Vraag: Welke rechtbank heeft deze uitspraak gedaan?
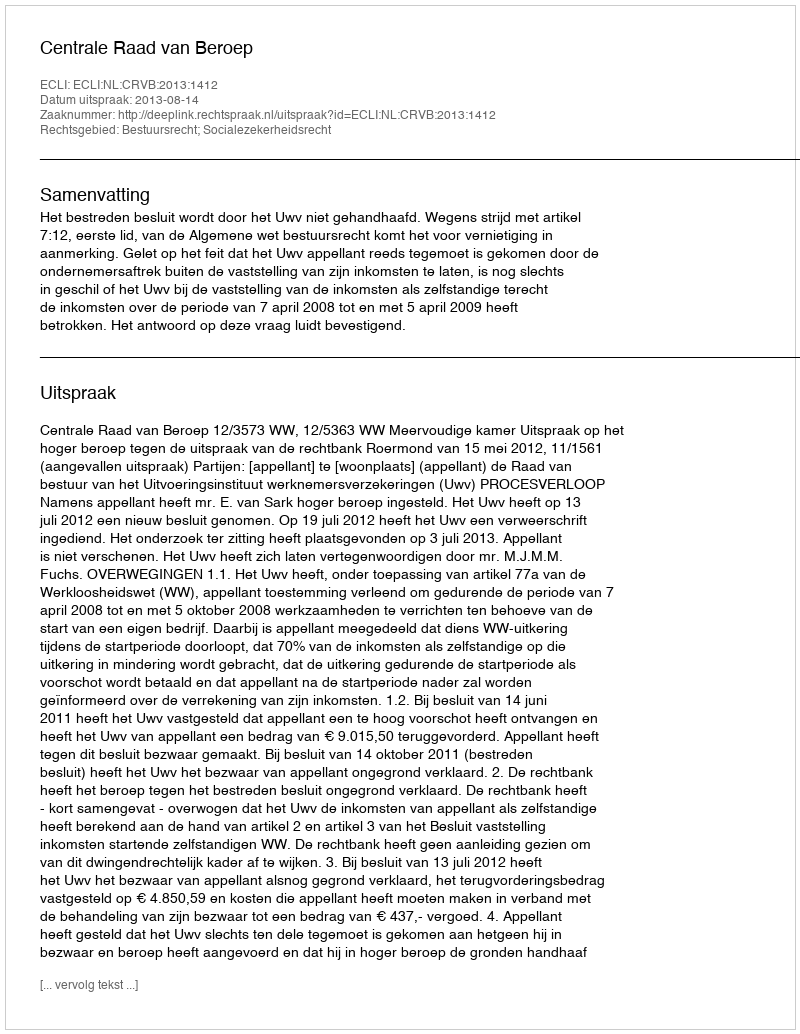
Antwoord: Centrale Raad van Beroep